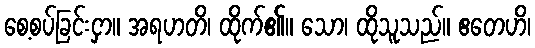
စေ့စပ်ခြင်းငှာ။ အရဟတိ၊ ထိုက်၏။ သော၊ ထိုသူသည်။ ဧတေဟိ၊